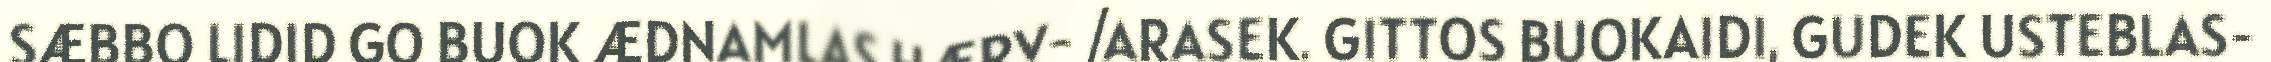
SÆBBO LIDID GO BUOK ÆDNAMLAS HÆRV- /ARASEK. GITTOS BUOKAIDI, GUDEK USTEBLAS-